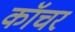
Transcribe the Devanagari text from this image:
कॉचर